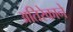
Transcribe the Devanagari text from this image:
अतिरेकाने